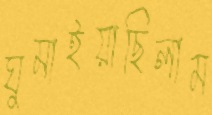
ঘুমাইয়াছিলাম